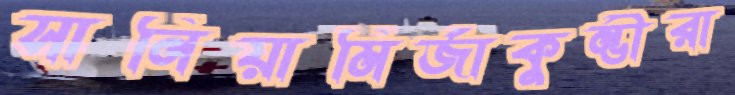
সানিয়ামির্জাকুম্ভীরা